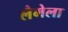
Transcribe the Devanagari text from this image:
लैमेला